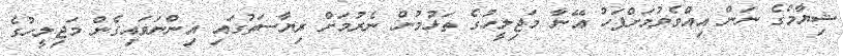
ޝިޔާމްގެ ނަން އިއްވެވުމަށްފަހު އޭނާ މަޖިލީހުގެ ތަޅުމުން ނެރުމަށް ރިޔާސަތުގައި އިންނަވައިގެން މަޖިލީހުގެ